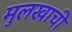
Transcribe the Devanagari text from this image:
मुलखाची